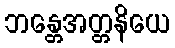
ဘန္တေအတ္တနိယေ